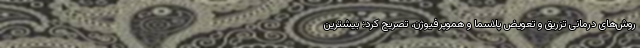
روش‌های درمانی تزریق و تعویض پلاسما و هموپرفیوژن، تصریح کرد: بیشترین